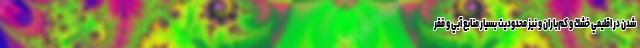
شدن در اقليمي خشك و كم‌باران و نيز محدوديت بسيار منابع آبي و فقر